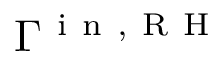
\Gamma ^ { \mathrm { ~ i ~ n ~ , ~ R ~ H ~ } }